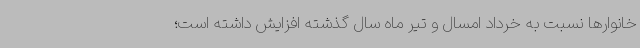
خانوارها نسبت به خرداد امسال و تیر ماه سال گذشته افزایش داشته است؛